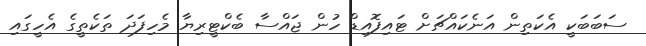
ސަބަބަކީ އެކަތިން އަނެކައްޗަށް ޓައިފޮއިޑް ހުން ޖައްސާ ބެކްޓީރިޔާ މެހިފަދަ ތަކެތީގެ އެހީގައި